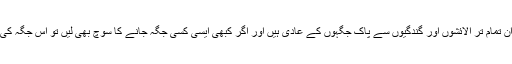
کیونکہ آپ کا خاندان ان تمام تر الائشوں اور گندگیوں سے پاک جگہوں کے عادی ہیں اور اگر کبھی ایسی کسی جگہ جانے کا سوچ بھی لیں تو اس جگہ کی قسمت بدل جاتی ہے۔